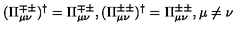
( \Pi _ { \mu \nu } ^ { \mp \pm } ) ^ { \dag } = \Pi _ { \mu \nu } ^ { \mp \pm } , ( \Pi _ { \mu \nu } ^ { \pm \pm } ) ^ { \dag } = \Pi _ { \mu \nu } ^ { \pm \pm } , \mu \neq \nu